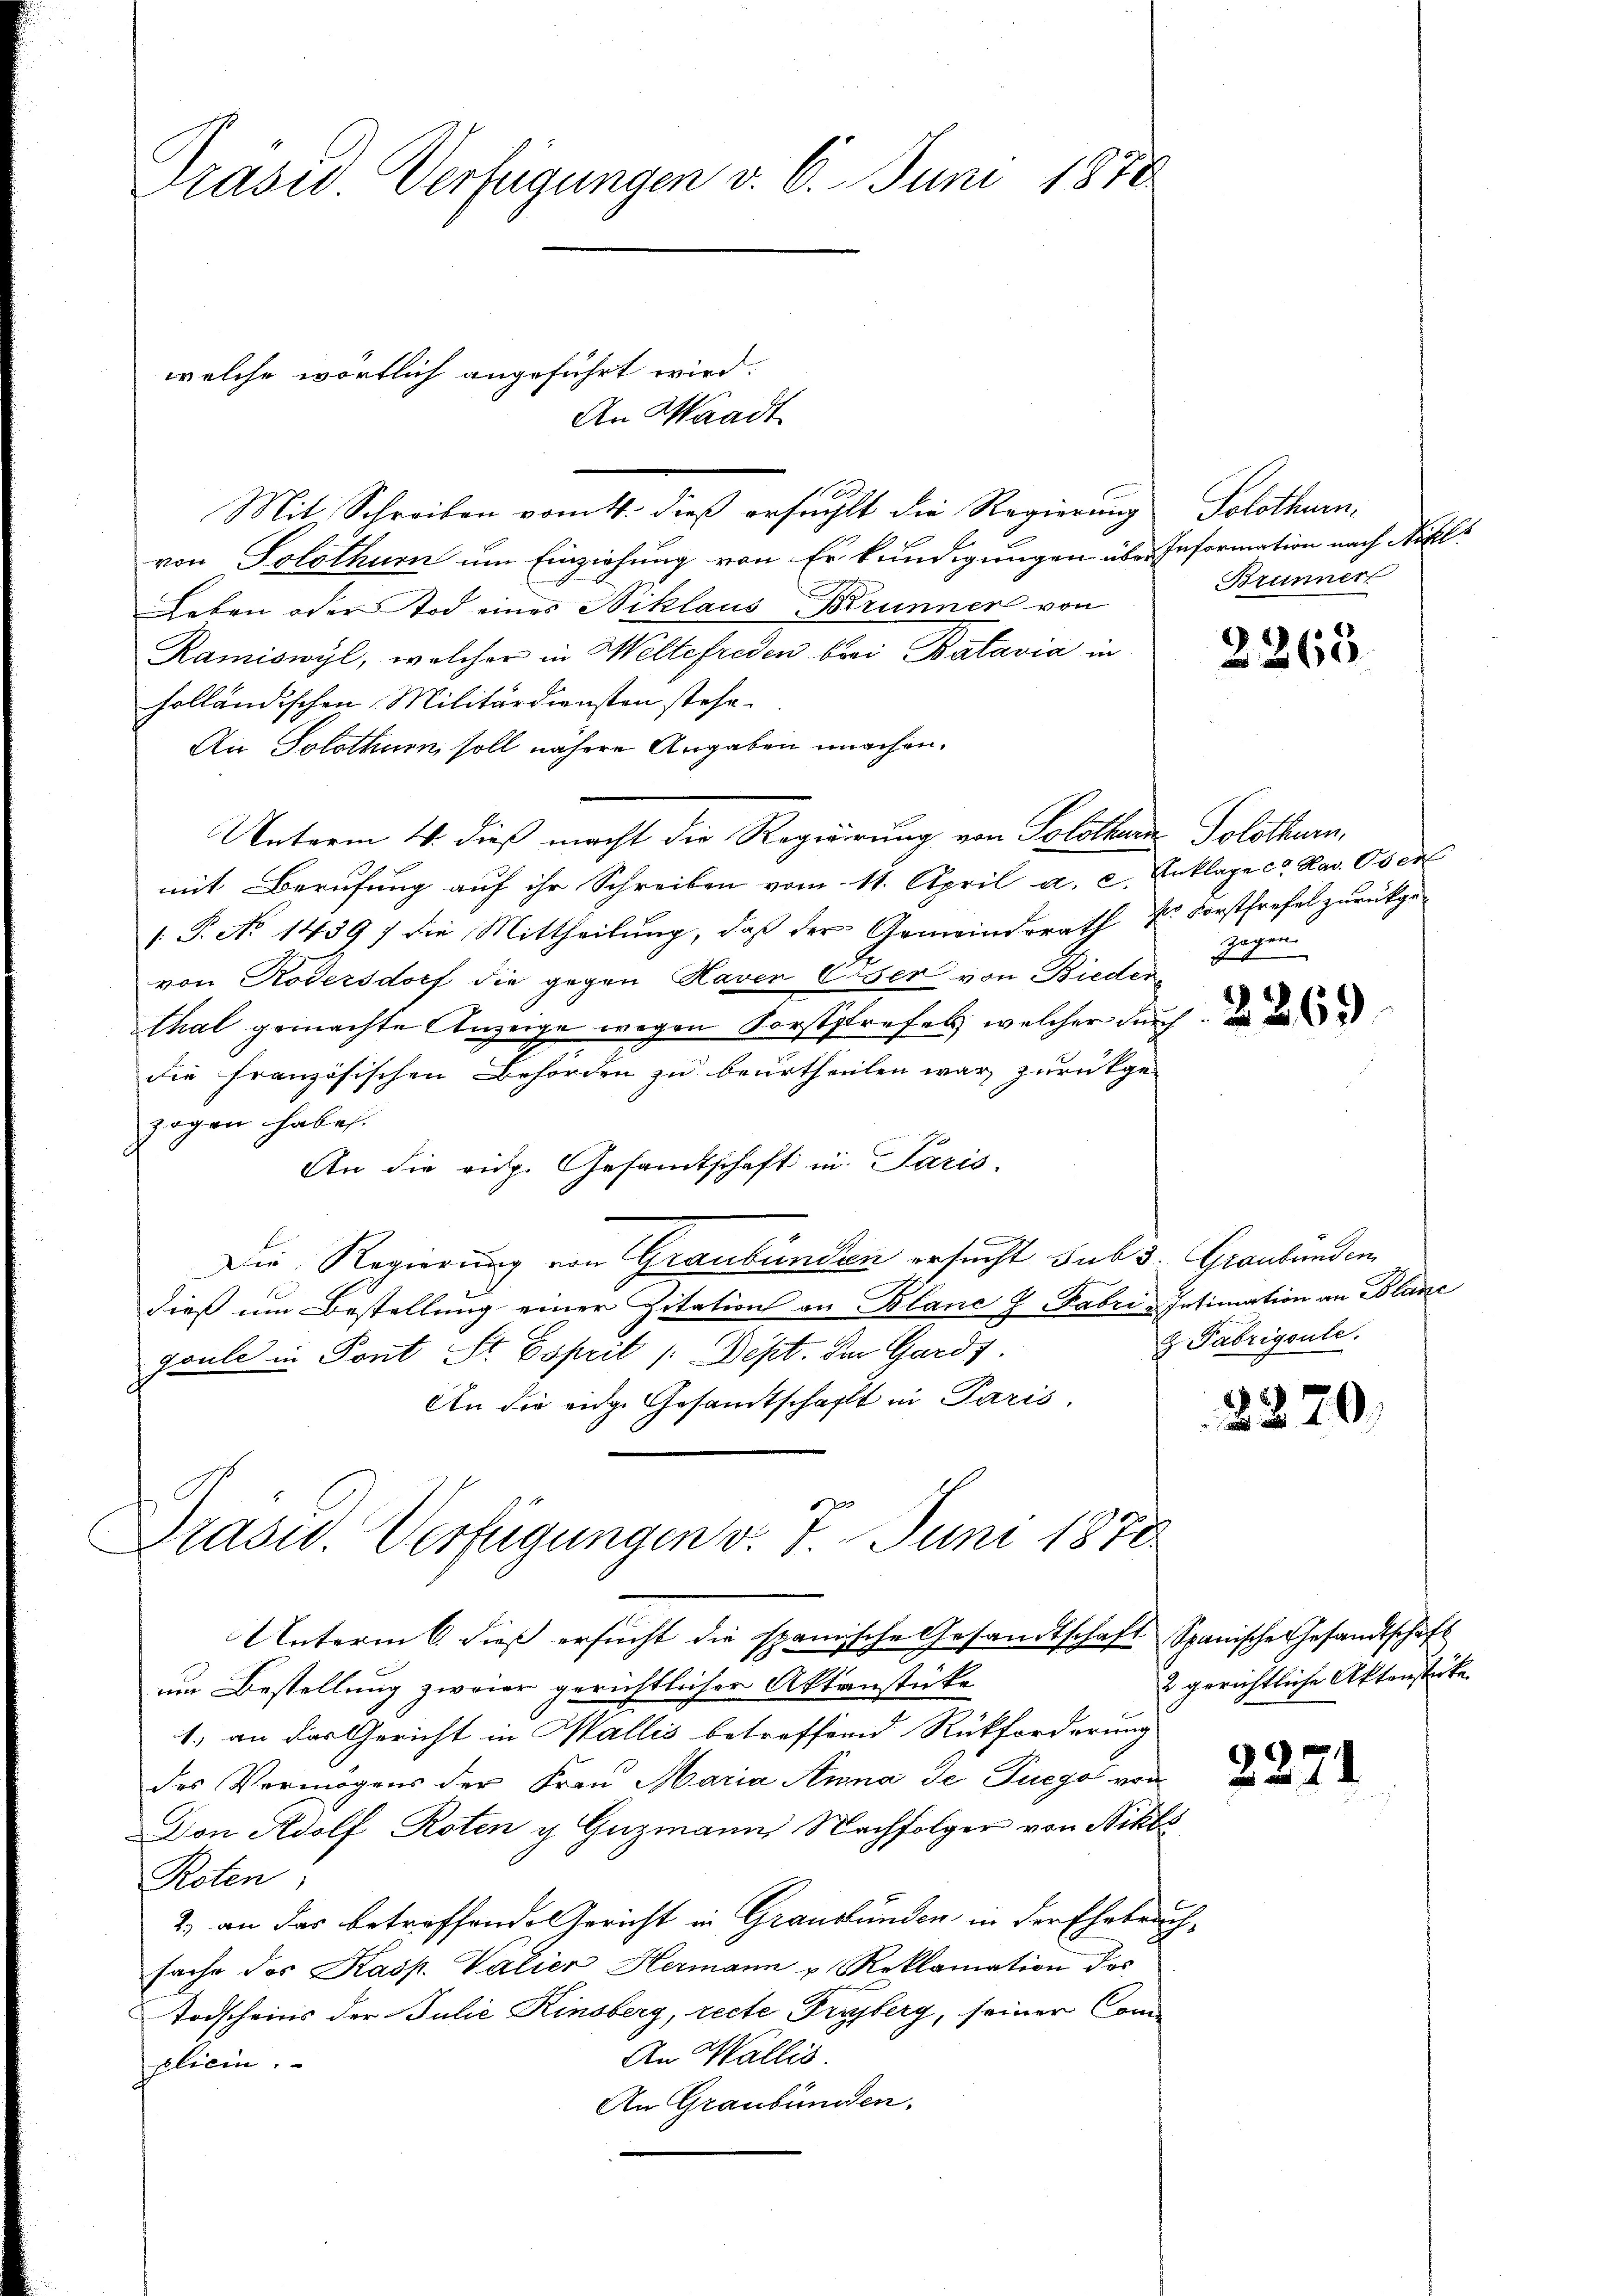
Mit Schreiben vom 11. dieß ersucht die Regierung Solothurnvon Solothur um Einziehung von Erkundigungen über Information nach Nikls
Leben oder Tod eines Niklaus Brunner von
Ramiswyl, welcher in Weltefreden brei Batavia in
holländischen Militärdiensten stehe.
An Solothurn, soll nähere Angaben machen.
Unterm 4. dieß macht die Regierung von Solothurn Solothurn,
mit Berufung auf ihr Schreiben vom 11. April a. c. Anklage ca Nav. Ober
( P. No 1439 7 die Mittheilung, daß der Gemeindsrath Dr Forstfrefel zurückgevon Rödersdorf die gegen Haver CVer von Bieder
thal gemachte Anzeige wegen Forstsrefels, welcher durch
die französischen Behörden zu beurtheilen war zurückge-
zogen habe.
An die eidg. Gesandtschaft in Paris
Die Regierung von Graubünden ersucht sub 3. Graubünden
dieß um Bestellung einer Zitation an Blanc J Fabri-Intimation an Blanc
Faule in Pont St. Esprit /: Sept. Im Gardt.
An die eidge Gesandtschafft in Paris,
Prasid. Verfügungen v. 7. Juni 1878
Unterm 6. dieß ersucht die spanische Gesandtschaft Spanische Gesandtschaft
um Bestellung zweier gerichtlicher Aktenstücke
1.) an das Gericht in Wallis betreffend Rückforderung
des Vermögens der Frau Maria Anna de Tueges von
Von Adolf Roten g Guzmann Nachfolger von Nikls
Roten;
2) an das betreffende Gericht in Graubünden in der Ehebrachsache des Kasp. Valien Hermann u. Reklamation des
Todscheins der Julie Kinsberg, recte Frisberg, seiner Com¬
An Wallis
pliein.
An Graubünden.

Prasis Verfügungen v. 6. Juni 1870

welche wörtlich angeführt wird.

An Waadt

Brunnert

2365

zogen.

2263

z. Fabrigsule.

2370.

2 gerichtliche Aktenstücke

2271